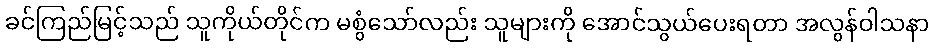
ခင်ကြည်မြင့်သည် သူကိုယ်တိုင်က မစွံသော်လည်း သူများကို အောင်သွယ်ပေးရတာ အလွန်ဝါသနာ